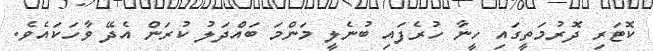
ކޮޓަރި ދޮރުމަތީގައި ހީނާ ހުރެފައި ބުނެލީ މަންމަ ބައްދަލު ކުރަން އެދޭ ވާހަކައެވެ.